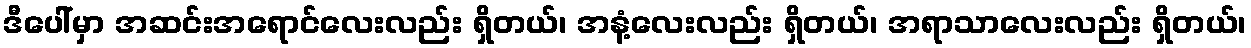
ဒီပေါ်မှာ အဆင်းအရောင်လေးလည်း ရှိတယ်၊ အနံ့လေးလည်း ရှိတယ်၊ အရာသာလေးလည်း ရှိတယ်၊